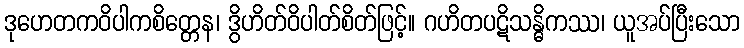
ဒုဟေတကဝိပါကစိတ္တေန၊ ဒွိဟိတ်ဝိပါတ်စိတ်ဖြင့်။ ဂဟိတပဋိသန္ဓိကဿ၊ ယူအပ်ပြီးသော